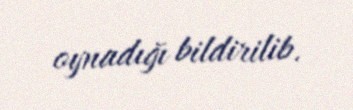
oynadığı bildirilib.